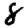
Digit: 8